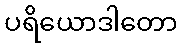
ပရိယောဒါတော